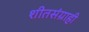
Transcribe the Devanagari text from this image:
शीतसंग्राही